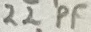
Text: 22pF